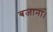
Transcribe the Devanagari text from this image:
बजाना।